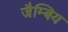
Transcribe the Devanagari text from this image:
जैम्बिय